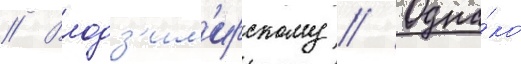
// Влодз'им'ирскому // Одна́ко